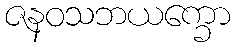
ဇနဝသဘယက္ခော